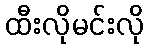
ထီးလိုမင်းလို